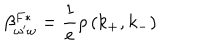
\beta _ { \omega ^ { \prime } \omega } ^ { F * } = \frac 1 e \rho \, ( k _ { + } , k _ { - } )